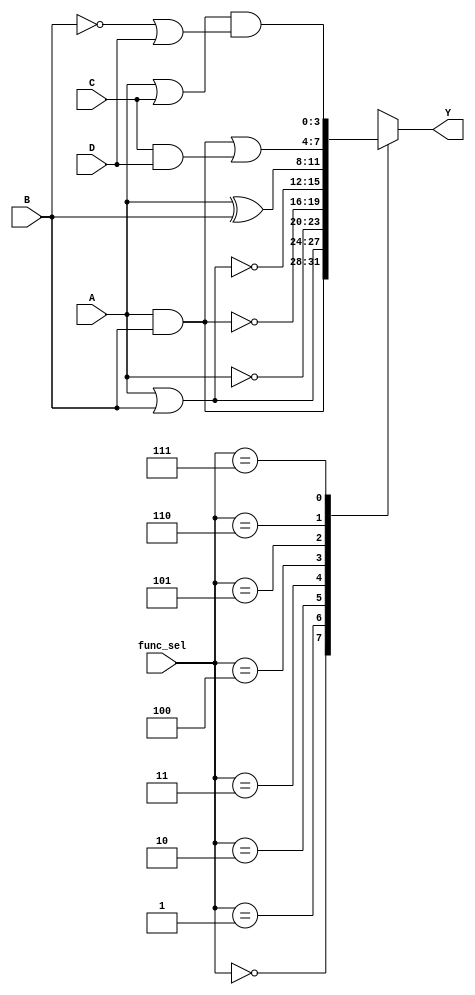
module combinational_logic_block #(parameter N = 4, parameter M = 4) (
    input [N-1:0] A,      // N-bit wide input A
    input [N-1:0] B,      // N-bit wide input B
    input [N-1:0] C,      // N-bit wide input C
    input [N-1:0] D,      // N-bit wide input D
    input [2:0] func_sel, // Function selector (0-7 for 8 functions)
    output reg [M-1:0] Y  // M-bit wide output Y
);

    // Combinational logic based on func_sel
    always @(*) begin
        case (func_sel)
            3'b000: Y = A & B;                     // AND
            3'b001: Y = A | B;                     // OR
            3'b010: Y = ~A;                        // NOT
            3'b011: Y = ~(A & B);                  // NAND
            3'b100: Y = ~(A | B);                  // NOR
            3'b101: Y = A ^ B;                     // XOR
            3'b110: Y = (A & B) | (C & D);         // Complex operation 1
            3'b111: Y = (A | C) & (~B | D);        // Complex operation 2
            default: Y = {M{1'b0}};                // Default case
        endcase
    end

endmodule